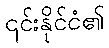
၎င်းနိုင်ငံ၏